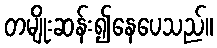
တမျိုးဆန်း၍နေပေသည်။